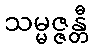
သမ္မဇ္ဇန္တီ